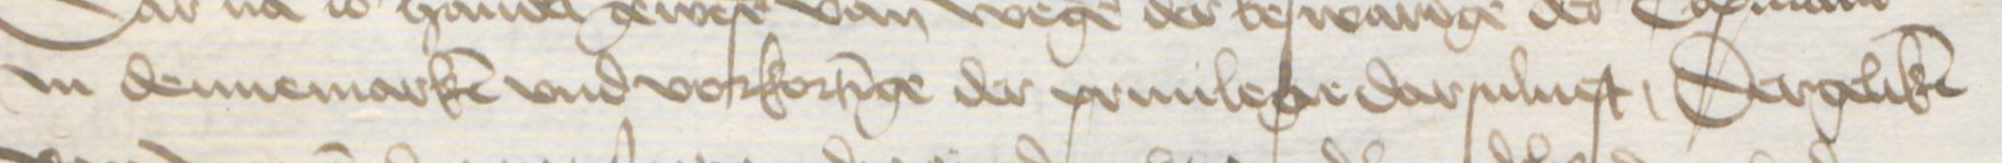
Jn dennemarken vnd vorkortinge der priuilege darsuluest, Dergeliken